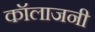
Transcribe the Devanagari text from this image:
कॉलाजनी